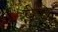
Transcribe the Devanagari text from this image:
बीफी